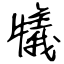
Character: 犠